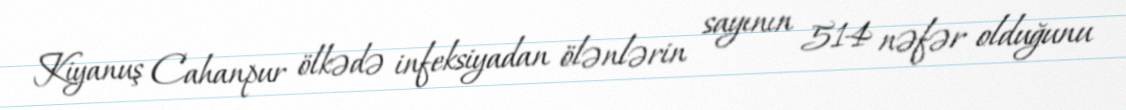
Kiyanuş Cahanpur ölkədə infeksiyadan ölənlərin sayının 514 nəfər olduğunu